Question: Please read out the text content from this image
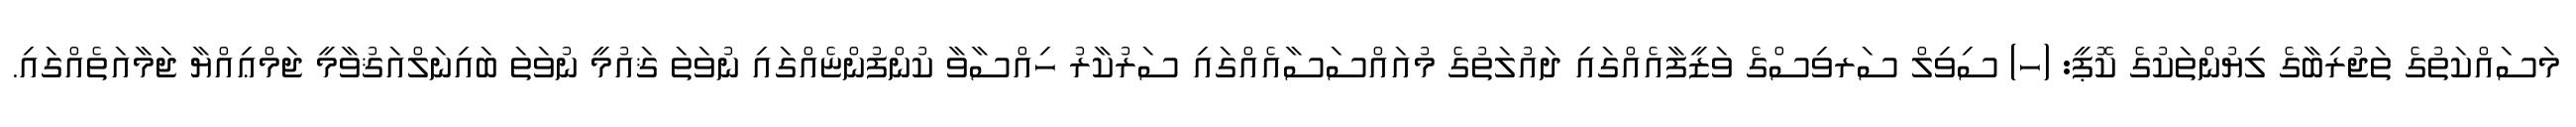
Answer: މަސައްކަތުގެ ތަޖުރިބާގެ ލިޔުންތަކުގެ ކޮޕީ: (ހ) ސިވިލް ސަރވިސްގެ ވަޒީފާއެއްގައި ދައުލަތުގެ މުއައްސަސާއެއްގައި ސަރުކާރު ހިއްސާވާ ކުންފުންޏެއްގައި ނުވަތަ ޤައުމީ ނުވަތަ ބައިނަލްއަޤުވާމީ ޖަމްޢިއްޔާ ޖަމާއަތެއްގައި.